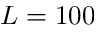
L = 1 0 0